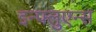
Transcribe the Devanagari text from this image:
इन्फ्लुएन्स